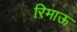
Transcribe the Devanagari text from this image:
रिमाऊ